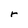
Character: r